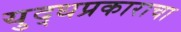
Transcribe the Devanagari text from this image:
युद्धप्रकाराचा